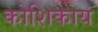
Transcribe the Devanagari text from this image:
कोशिकाय